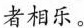
者相乐。